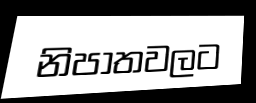
නිපාතවලට